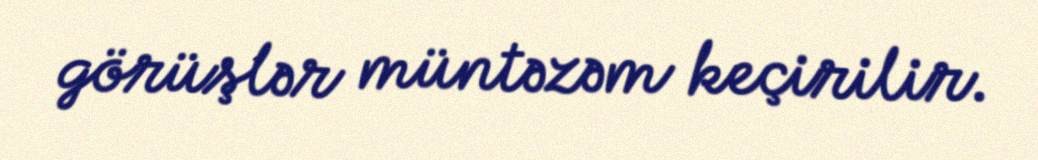
görüşlər müntəzəm keçirilir.